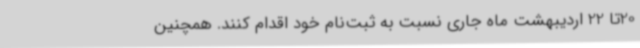
20تا 22 اردیبهشت ماه جاری نسبت به ثبت‌نام خود اقدام کنند. همچنین